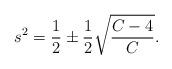
LaTeX: \begin{align*}s^2=\frac{1}{2}\pm\frac{1}{2}\sqrt{\frac{C-4}{C}}.\end{align*}